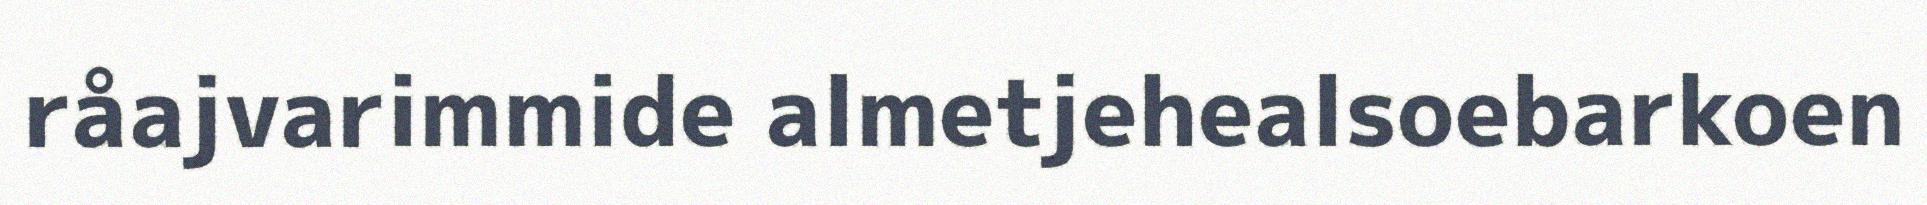
råajvarimmide almetjehealsoebarkoen